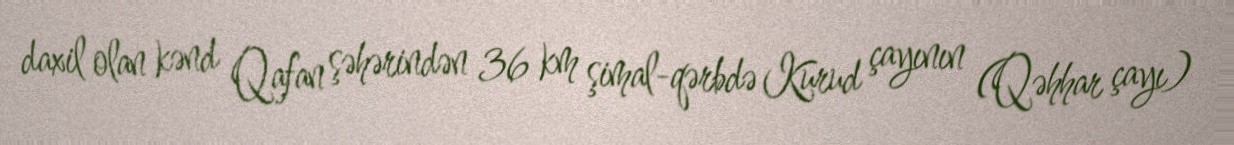
daxil olan kənd Qafan şəhərindən 36 km şimal-qərbdə Kurud çayının (Qəhhar çayı)